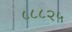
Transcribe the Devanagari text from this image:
८८८२५